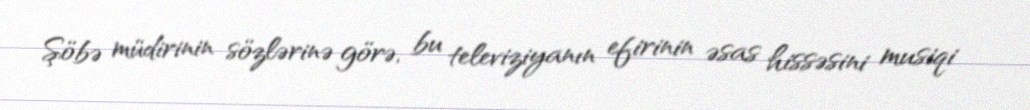
Şöbə müdirinin sözlərinə görə, bu televiziyanın efirinin əsas hissəsini musiqi